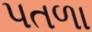
પતળા